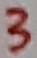
Text: 3